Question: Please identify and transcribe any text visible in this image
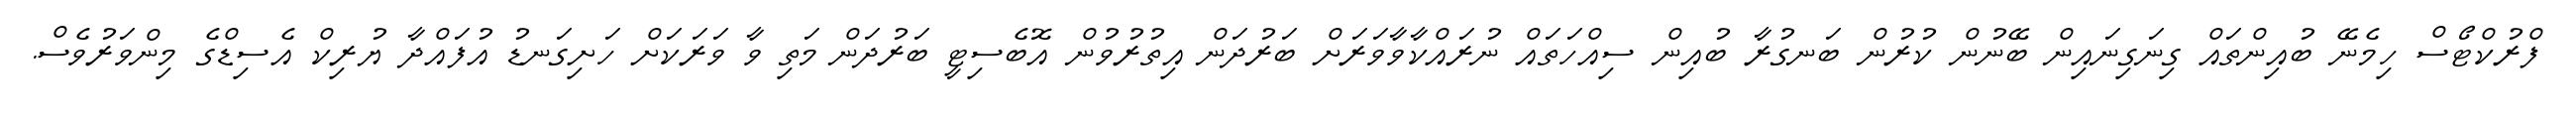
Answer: ފްރުކްޓޯސް ހިމެނޭ ބުއިންތައް ގިނަގިނައިން ބޭނުން ކުރުން ބަނގުރާ ބުއިން ސިއްހަތައް ނުރައްކާވާވަރަށް ބަރުދަން އިތުރުވުން އޮބެސިޓީ ބަރުދަން މަތި ވާ ވަރަކަށް ހަށިގަނޑު އުފައްދާ ޔުރިކް އެސިޑްގެ މިންވަރުވެސް.